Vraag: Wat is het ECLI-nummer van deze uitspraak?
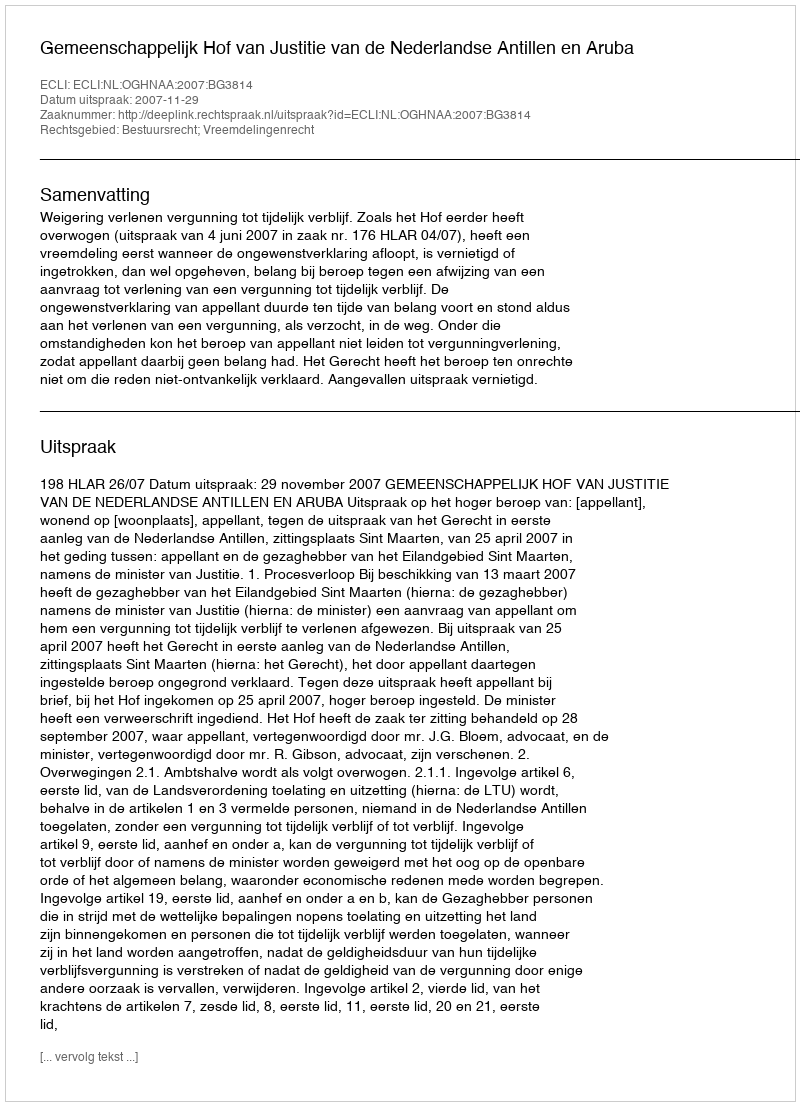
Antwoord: ECLI:NL:OGHNAA:2007:BG3814